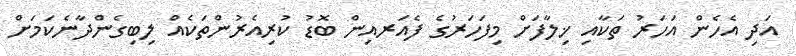
އަދި އެހެން އަހަރު ތަކާއި ޚިލާފަށް މިފަހަރުގެ ފެއަރއިން ބޮޑު ކުރިއެރުންތަކެއް ލިބިގެންދާނެކަމަށް